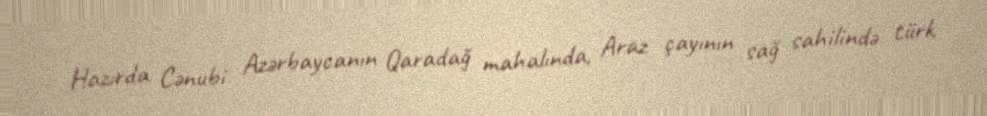
Hazırda Cənubi Azərbaycanın Qaradağ mahalında, Araz çayının sağ sahilində türk